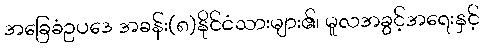
အခြေခံဥပဒေ အခန်း(၈)နိုင်ငံသားများ၏၊ မူလအခွင့်အရေးနှင့်